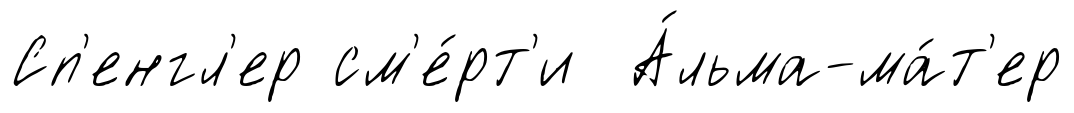
Сп'енгл'ер см'е́рт'и А́льма-ма́т'ер